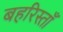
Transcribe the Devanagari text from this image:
बहरिस्ताँ